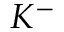
K ^ { - }